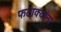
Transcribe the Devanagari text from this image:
फटाक्यांना